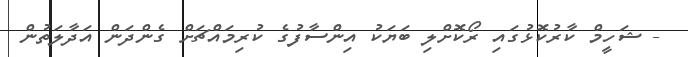
- ޝަހީމް ކާރުކޮޅުގައި ރޯކޮށްލި ބަޔަކު އިންސާފުގެ ކުރިމައްޗަށް ގެންދަން އަދާލަތުން